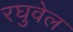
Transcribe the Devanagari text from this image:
रघुवेल